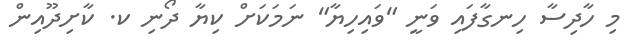
މި ހާދިސާ ހިނގާފައި ވަނީ "ވައިހިޔާ" ނަމަކަށް ކިޔާ ދޯނި ކ. ކާށިދޫއިން